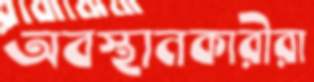
অবস্থানকারীরা